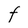
Character: F